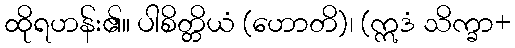
ထိုရဟန်း၏။ ပါစိတ္တိယံ (ဟောတိ)၊ (ဣဒံ သိက္ခာ+